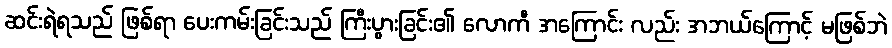
ဆင်းရဲရသည် ဖြစ်ရာ ပေးကမ်းခြင်းသည် ကြီးပွားခြင်း၏ လောကီ အကြောင်း လည်း အဘယ်ကြောင့် မဖြစ်ဘဲ